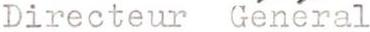
Directeur Général